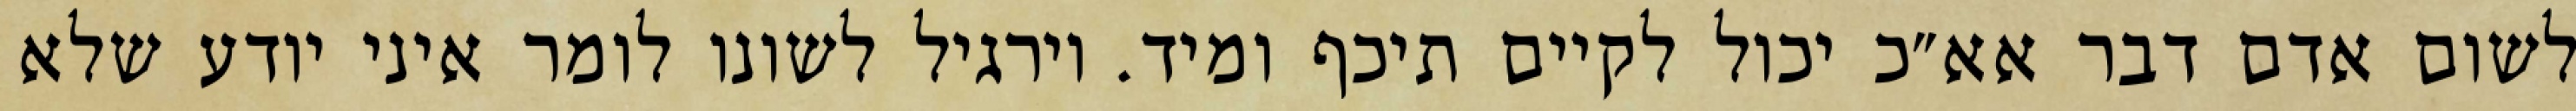
לשום אדם דבר אא״כ יכול לקיים תיכף ומיד. וירגיל לשונו לומר איני יודע שלא